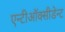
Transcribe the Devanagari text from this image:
एन्टीऑक्सीडेन्ट